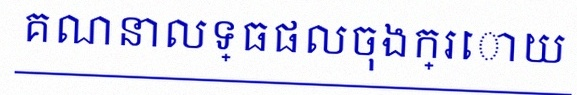
គណនាលទ្ធផលចុងក្រោយ